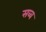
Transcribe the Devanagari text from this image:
सव्व